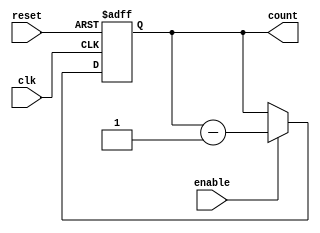
module BCD_Down_Counter (
    input wire clk,
    input wire reset,
    input wire enable,
    output reg [3:0] count
);

    always @(posedge clk or posedge reset) begin
        if (reset) begin
            count <= 4'b1001;
        end else if (enable) begin
            count <= count - 1;
        end
    end

endmodule